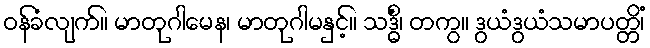
ဝန်ခံလျက်။ မာတုဂါမေန၊ မာတုဂါမနှင့်။ သဒ္ဓိံ၊ တကွ။ ဒွယံဒွယံသမာပတ္တိံ၊